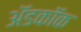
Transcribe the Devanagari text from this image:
अॅडकॉक